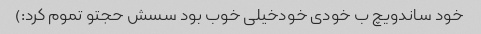
خود ساندویچ ب خودی خودخیلی خوب بود سسش حجتو تموم کرد:)